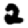
Digit: 2